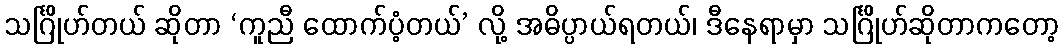
သင်္ဂြိုဟ်တယ် ဆိုတာ ‘ကူညီ ထောက်ပံ့တယ်’ လို့ အဓိပ္ပာယ်ရတယ်၊ ဒီနေရာမှာ သင်္ဂြိုဟ်ဆိုတာကတော့